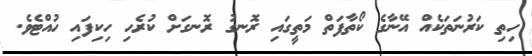
ހިތި ކަރުނަތަކެއް އޭނާގެ ކޯތާފަތް މަތީގައި ރޮނގު ރޮނގަށް ކުރެހި ހިކިފައި ހުއްޓެވެ.